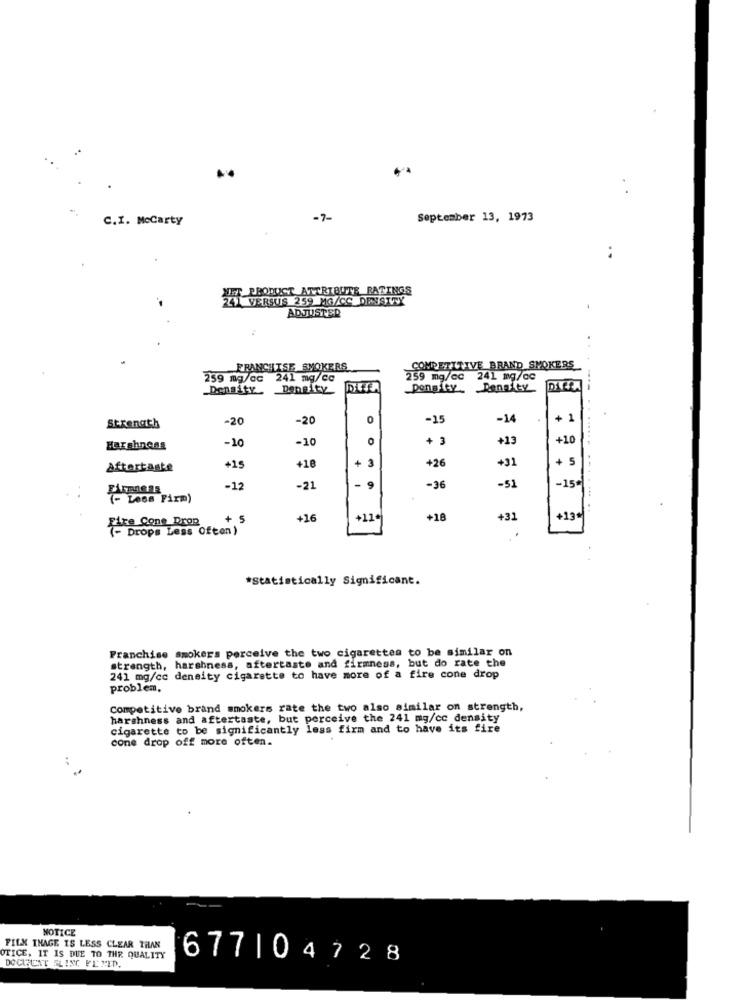
C.I. Mccarty
-7-
September 13, 1973
..
IT-PRODUCT ATTRIBUTE RATINGS
VERSUS 259 MG/CC DENSITY
ADJUSTED
FRANCHISE SMOKERS
COMPETITIVE BRAND SMOKERS
259 mg/ac
241 mg/cc
259 mg/cc
241 mg/cc
Density
Density. Penaity
Strength
-20
-20
0
-15
-14
+ 1
.......
-10
-10
0
+13
+10
Harshness
+18
+
3
+26
+31
5
Aftertaste
+15
-51
-15*
-12
-21
9
-36
......
- Less Firm)
+ 5
+16
+11
+18
+31
+13
Site Cone Drop
Drops Less Often)
*Statistically Significant.
Franchise smokers perceive the two cigarettes to be similar on
strength, harshness, aftertaste and firmness, but do rate the
241 mg/cc density cigarette to have more of a fire cone drop
problem.
Competitive brand smokers rate the two also similar on strength,
harshness and aftertaste, but perceive the 241 mg/cc density
cigarette to be significantly less firm and to have its fire
cone drop off more often.
NOTICE
FILM INAGE IS LESS CLEAR THAN
OTICE, IT IS DUE TO THR QUALITY
677104728
DOCUMENT FLING FETID.